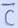
Text: C